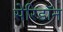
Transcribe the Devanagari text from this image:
सेरिडॉन